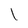
Character: l